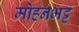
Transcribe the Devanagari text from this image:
मोहनभट्ट